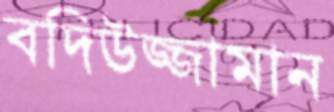
বদিউজ্জামান